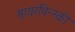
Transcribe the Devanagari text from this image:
सायरपिन्स्की